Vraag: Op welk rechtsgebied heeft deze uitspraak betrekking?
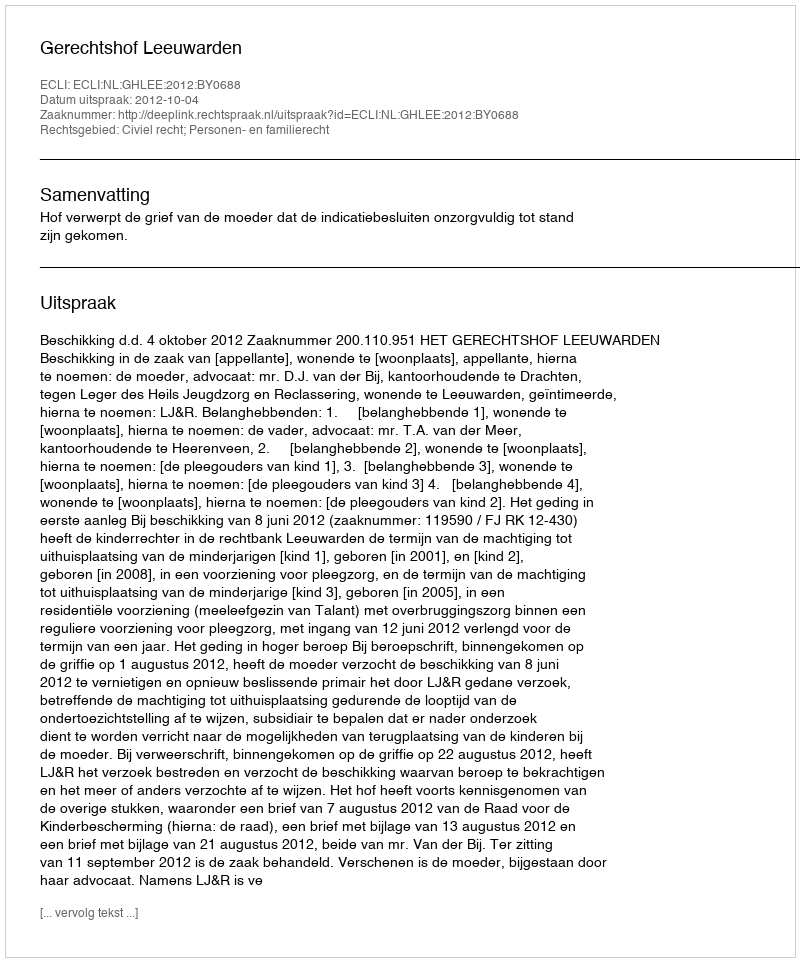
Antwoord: Civiel recht; Personen- en familierecht